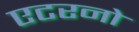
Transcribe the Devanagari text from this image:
एटरनो